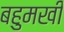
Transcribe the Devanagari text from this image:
बहुमखी